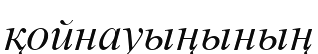
қойнауыңының